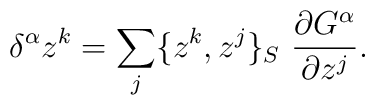
\delta^{\alpha} z^k = \sum_j \{z^k, z^j\}_S  \  \frac{\partial    G^{\alpha}}{\partial z^j}.